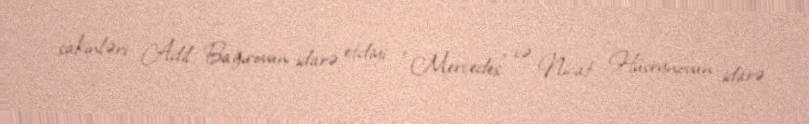
sakinləri Adil Bağırovun idarə etdiyi “Mercedes” və Nicat Hüseynovun idarə